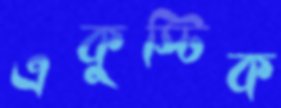
একুস্টিক